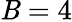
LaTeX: \mathit{B}=4